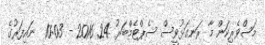
މަސްވެރިކަން މާ ރަނގަޅުވީސް ސެޕްޓެމްބަރު 24